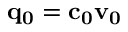
\bf q _ { 0 } = c _ { 0 } v _ { 0 }